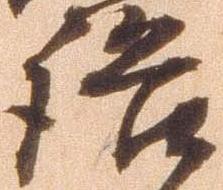
語